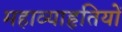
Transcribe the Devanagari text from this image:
महाव्याहृतियों